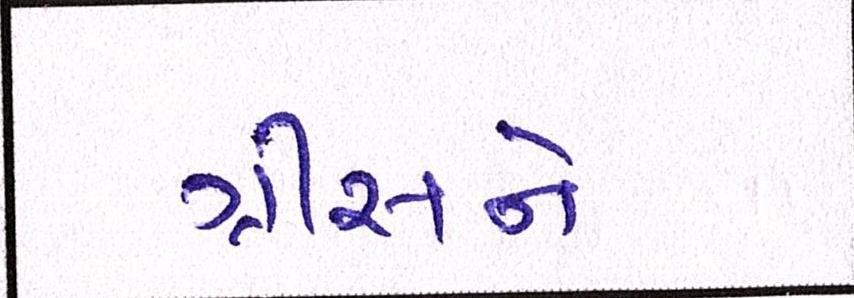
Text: ગ્રીસને